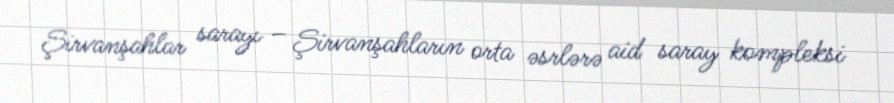
Şirvanşahlar sarayı – Şirvanşahların orta əsrlərə aid saray kompleksi